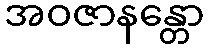
အဝဇာနန္တော